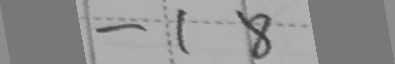
- 1 8